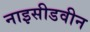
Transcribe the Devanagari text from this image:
नाइसीडवीन